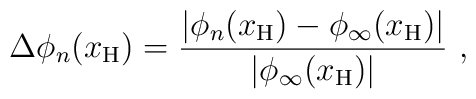
\Delta \phi_n(x_{\rm H}) = \frac{|\phi_n(x_{\rm H}) - \phi_\infty (x_{\rm H})|}  {|\phi_\infty (x_{\rm H})|}\ ,